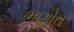
ભણોત